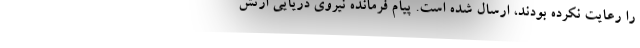
را رعایت نکرده بودند، ارسال شده است. پیام فرمانده نیروی دریایی ارتش